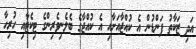
އަދި ޒަކާތު ފަންޑުން އެ ކުއްޖާއަށާއި އެ ކުއްޖާގެ ބެލެނިވެރިންގެ ޓިކެޓާއި ހުރިހާ